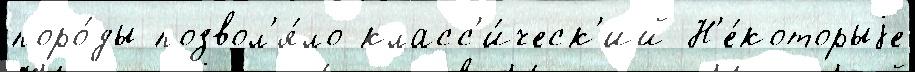
поро́ды позвол'я́ло класс'и́ческ'ий Н'е́которыjе